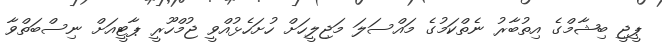
ޕީޖީ ބިޝާމްގެ އިތުބާރު ނެތްކަމުގެ މައްސަލަ މަޖިލީހަށް ހުށަހެޅުއްވީ ޖުމްހޫރީ ޕާޓީއަށް ނިސްބަތްވާ